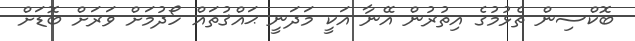
ބޮކްސިން ތެޅުމުގެ އިތުރުން އޭނާ އަކީ މަދަނީ ޙައްޤުތައް ހޯދުމަށް ވަރަށް ބޮޑަށް